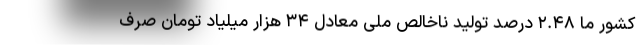
کشور ما ۲.۴۸ درصد تولید ناخالص ملی معادل ۳۴ هزار میلیاد تومان صرف